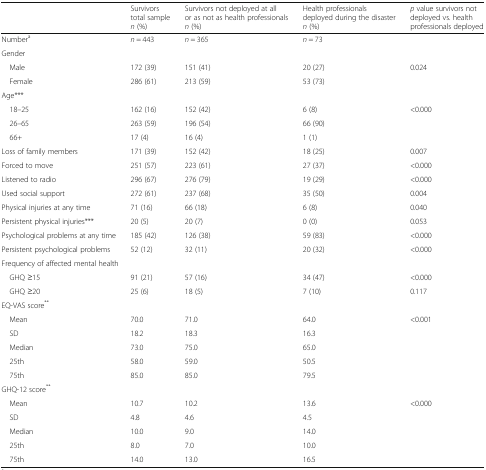
<table><thead><tr><td></td><td><b>Survivorstotal sample<i>n</i> (%)</b></td><td><b>Survivors not deployed at all or as not as health professionals<i>n</i> (%)</b></td><td><b>Health professionals deployed during the disaster<i>n</i> (%)</b></td><td><b><i>p</i> value survivors not deployed vs. health professionals deployed</b></td></tr></thead><tbody><tr><td>Number<sup>a</sup></td><td><i>n</i> = 443</td><td><i>n</i> = 365</td><td><i>n</i> = 73</td><td></td></tr><tr><td colspan="5">Gender</td></tr><tr><td> Male</td><td>172 (39)</td><td>151 (41)</td><td>20 (27)</td><td>0.024</td></tr><tr><td> Female</td><td>286 (61)</td><td>213 (59)</td><td>53 (73)</td><td></td></tr><tr><td colspan="5">Age***</td></tr><tr><td> 18–25</td><td>162 (16)</td><td>152 (42)</td><td>6 (8)</td><td>&lt;0.000</td></tr><tr><td> 26–65</td><td>263 (59)</td><td>196 (54)</td><td>66 (90)</td><td></td></tr><tr><td> 66+</td><td>17 (4)</td><td>16 (4)</td><td>1 (1)</td><td></td></tr><tr><td>Loss of family members</td><td>171 (39)</td><td>152 (42)</td><td>18 (25)</td><td>0.007</td></tr><tr><td>Forced to move</td><td>251 (57)</td><td>223 (61)</td><td>27 (37)</td><td>&lt;0.000</td></tr><tr><td>Listened to radio</td><td>296 (67)</td><td>276 (79)</td><td>19 (29)</td><td>&lt;0.000</td></tr><tr><td>Used social support</td><td>272 (61)</td><td>237 (68)</td><td>35 (50)</td><td>0.004</td></tr><tr><td>Physical injuries at any time</td><td>71 (16)</td><td>66 (18)</td><td>6 (8)</td><td>0.040</td></tr><tr><td>Persistent physical injuries***</td><td>20 (5)</td><td>20 (7)</td><td>0 (0)</td><td>0.053</td></tr><tr><td>Psychological problems at any time</td><td>185 (42)</td><td>126 (38)</td><td>59 (83)</td><td>&lt;0.000</td></tr><tr><td>Persistent psychological problems</td><td>52 (12)</td><td>32 (11)</td><td>20 (32)</td><td>&lt;0.000</td></tr><tr><td colspan="5">Frequency of affected mental health</td></tr><tr><td> GHQ ≥15</td><td>91 (21)</td><td>57 (16)</td><td>34 (47)</td><td>&lt;0.000</td></tr><tr><td> GHQ ≥20</td><td>25 (6)</td><td>18 (5)</td><td>7 (10)</td><td>0.117</td></tr><tr><td colspan="5">EQ-VAS score<sup>**</sup></td></tr><tr><td> Mean</td><td>70.0</td><td>71.0</td><td>64.0</td><td>&lt;0.001</td></tr><tr><td> SD</td><td>18.2</td><td>18.3</td><td>16.3</td><td></td></tr><tr><td> Median</td><td>73.0</td><td>75.0</td><td>65.0</td><td></td></tr><tr><td> 25th</td><td>58.0</td><td>59.0</td><td>50.5</td><td></td></tr><tr><td> 75th</td><td>85.0</td><td>85.0</td><td>79.5</td><td></td></tr><tr><td colspan="5">GHQ-12 score<sup>**</sup></td></tr><tr><td> Mean</td><td>10.7</td><td>10.2</td><td>13.6</td><td>&lt;0.000</td></tr><tr><td> SD</td><td>4.8</td><td>4.6</td><td>4.5</td><td></td></tr><tr><td> Median</td><td>10.0</td><td>9.0</td><td>14.0</td><td></td></tr><tr><td> 25th</td><td>8.0</td><td>7.0</td><td>10.0</td><td></td></tr><tr><td> 75th</td><td>14.0</td><td>13.0</td><td>16.5</td><td></td></tr></tbody></table>